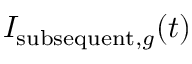
I _ { \mathrm { s u b s e q u e n t } , g } ( t )